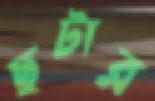
ছটার